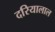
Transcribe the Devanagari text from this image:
दरियालाल